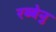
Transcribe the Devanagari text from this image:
रब्बेनु